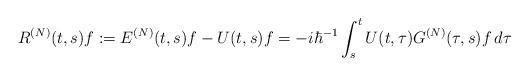
LaTeX: \begin{align*}R^{(N)}(t,s)f:=E^{(N)}(t,s)f-U(t,s)f=-i\hbar^{-1}\int_s^t U(t,\tau)G^{(N)}(\tau,s)f\,d\tau\end{align*}